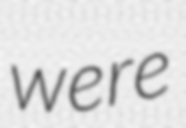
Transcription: were